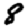
Digit: 8